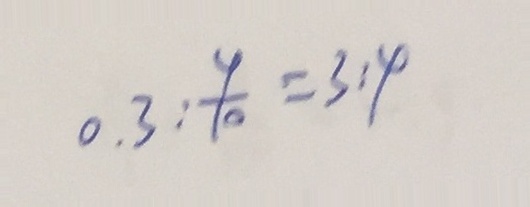
0 . 3 : \frac { 4 } { 1 0 } = 3 : 4